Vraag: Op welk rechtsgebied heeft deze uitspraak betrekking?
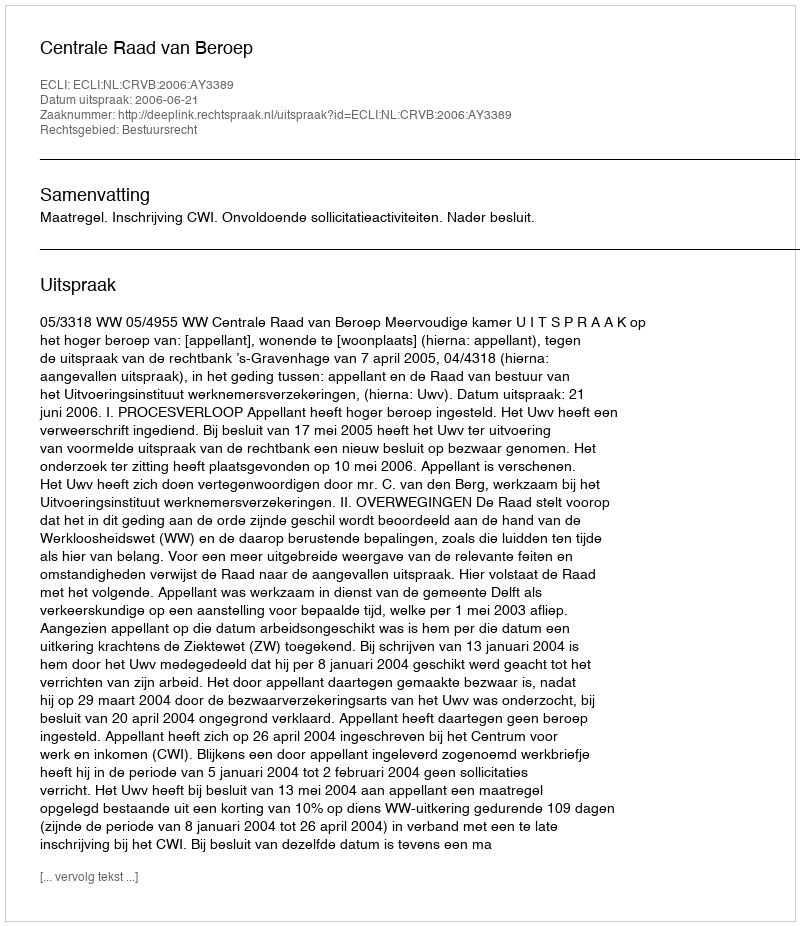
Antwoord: Bestuursrecht